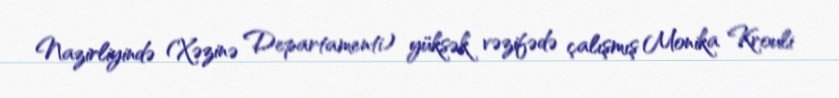
Nazirliyində (Xəzinə Departamenti) yüksək vəzifədə çalışmış Monika Krouli